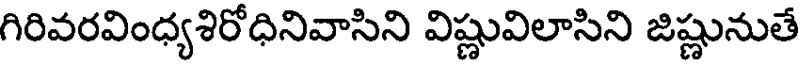
గిరివరవింధ్యశిరోధినివాసిని విష్ణువిలాసిని జిష్ణునుతే